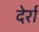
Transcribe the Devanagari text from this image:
देर्रा